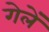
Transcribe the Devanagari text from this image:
गेलें